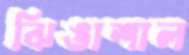
ঝিঙাশাল